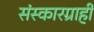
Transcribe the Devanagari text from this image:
संस्कारग्राही